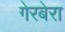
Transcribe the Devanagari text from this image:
गेरबेरा